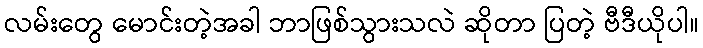
လမ်းတွေ မောင်းတဲ့အခါ ဘာဖြစ်သွားသလဲ ဆိုတာ ပြတဲ့ ဗီဒီယိုပါ။